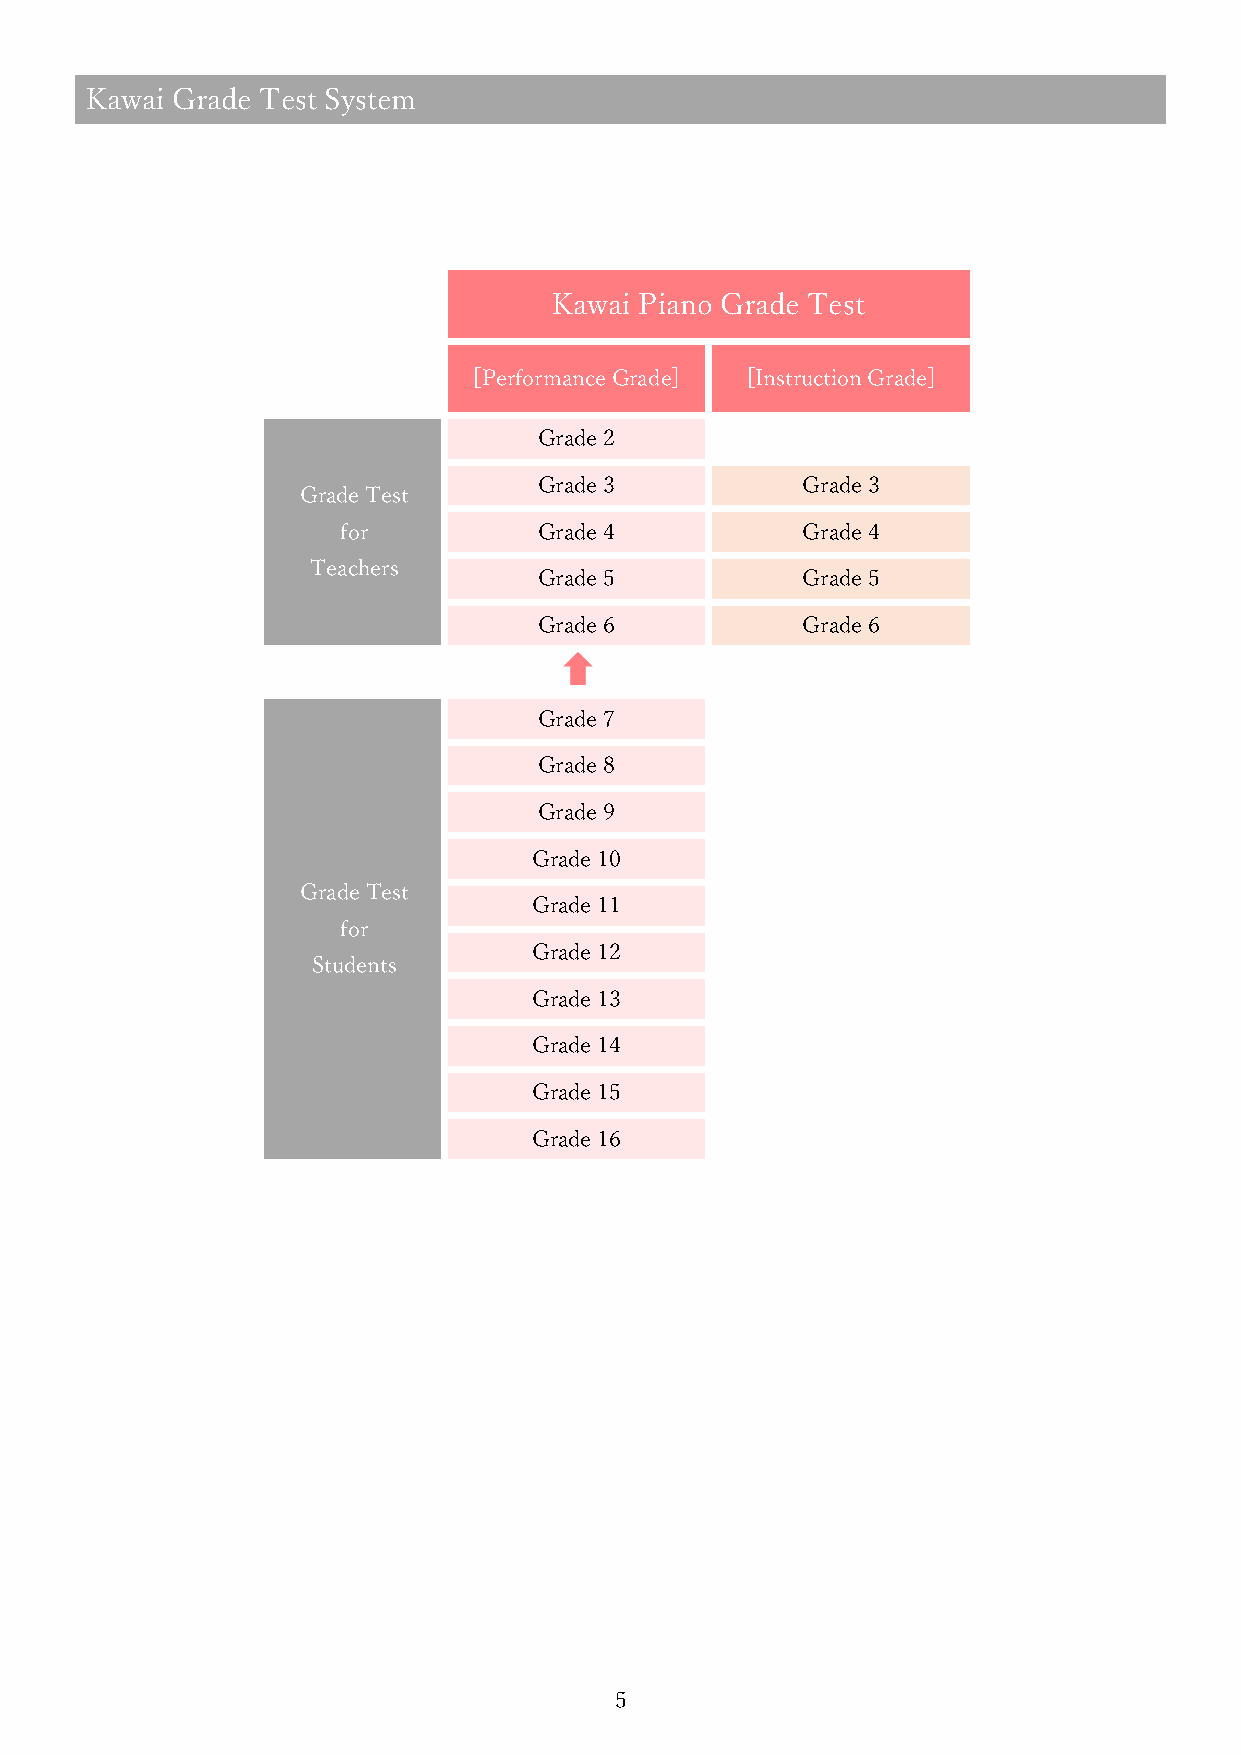
Kawai Grade Test System
 Kawai Piano Grade Test
 [Performance Grade] [Instruction Grade]
 Grade 2
 Grade 3          Grade 3
 Grade Test
 for          Grade 4          Grade 4
 Teachers
 Grade 5          Grade 5
 Grade 6          Grade 6
 Grade 7
 Grade 8
 Grade 9
 Grade 10
 Grade Test
 Grade 11
 for
 Grade 12
 Students
 Grade 13
 Grade 14
 Grade 15
 Grade 16
 5